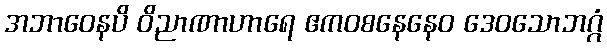
အဘာဝေနပိ ဝိညာဏာဟာရေ ဧကဝစနေနေဝ ဒေဝသောဘဂ္ဂံ